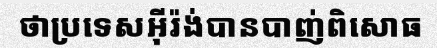
ថាប្រទេសអ៊ីរ៉ង់បានបាញ់ពិសោធ